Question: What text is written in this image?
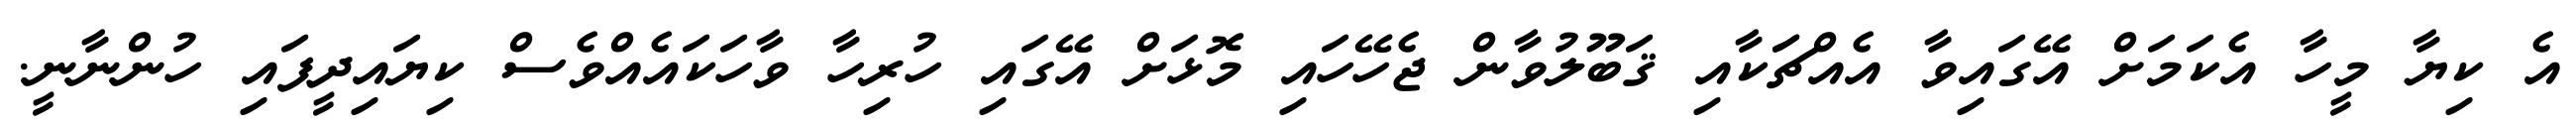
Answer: އެ ކިޔާ މީހާ އެކަމަށް އޭގައިވާ އެއްޗަަކާއި ޤަބޫލުވާން ޖެހޭހައި މޮޅަށް އޭގައި ހުރިހާ ވާހަކައެއްވެސް ކިޔައިދީފައި ހުންނާނީ.